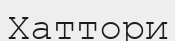
Хаттори